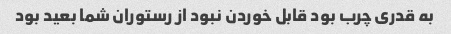
به قدری چرب بود قابل خوردن نبود از رستوران شما بعید بود